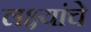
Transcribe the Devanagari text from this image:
लक्ष्यांचे